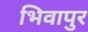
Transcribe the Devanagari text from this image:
भिवापुर